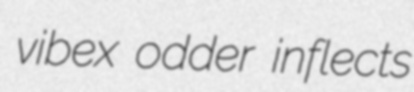
vibex odder inflects